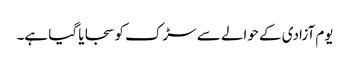
یوم آزادی کے حوالے سے سڑک کو سجایا گیا ہے۔